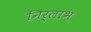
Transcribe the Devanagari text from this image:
निर्लाभ